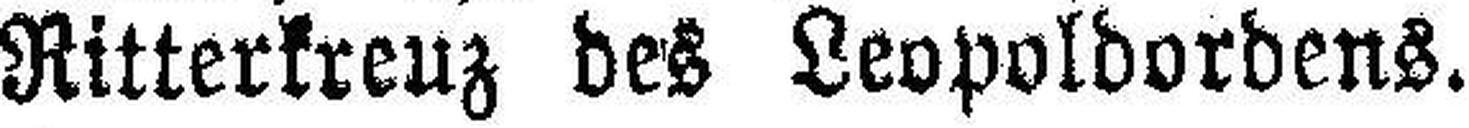
Ritterkreuz des Leopoldordens.